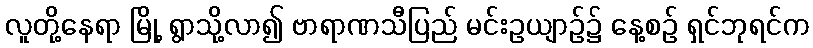
လူတို့နေရာ မြို့ ရွာသို့လာ၍ ဗာရာဏသီပြည် မင်းဥယျာဉ်၌ နေ့စဉ် ရှင်ဘုရင်က